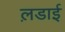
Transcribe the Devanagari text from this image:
ल़डाई